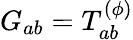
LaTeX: G_{ab}=T_{ab}^{(\phi)}